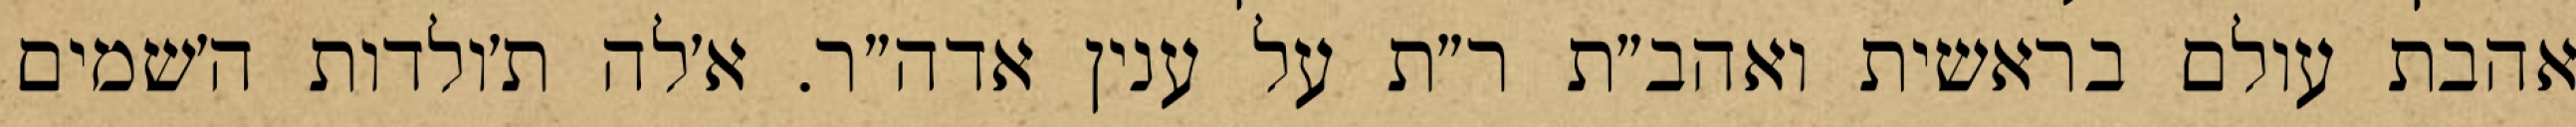
אהבת עולם בראשית ואהב״ת ר״ת על ענין אדה״ר. א׳לה ת׳ולדות ה׳שמים